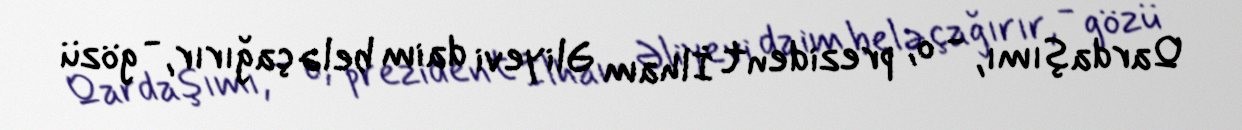
Qardaşımı, - o, prezident İlham Əliyevi daim belə çağırır, - gözü